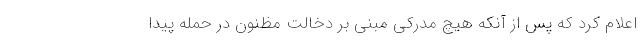
اعلام کرد که پس از آنکه هیچ مدرکی مبنی بر دخالت مظنون در حمله پیدا